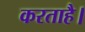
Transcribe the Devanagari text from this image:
करताहै।